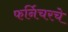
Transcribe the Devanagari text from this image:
फर्निचरचे